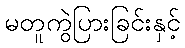
မတူကွဲပြားခြင်းနှင့်